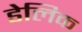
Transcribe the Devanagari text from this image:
डेलिक